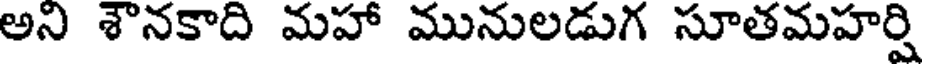
అని శౌనకాది మహా మునులడుగ సూతమహర్షి